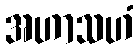
အဟာသဟံ